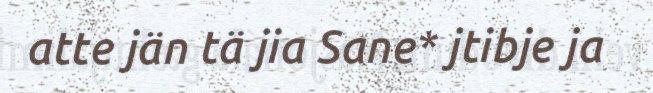
atte jän tä jia Sane* jtibje ja